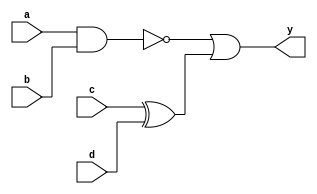
module bm1cc(y,a,b,c,d);
output y;
reg y;
input a,b,c,d;
always @(a or b or c or d)
 begin
   y <= (~(a&b) |(c^d));
 end
endmodule